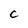
Character: C